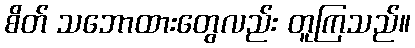
စိတ် သဘောထားတွေလည်း တူကြသည်။